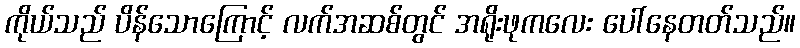
ကိုယ်သည် ပိန်သောကြောင့် လက်အဆစ်တွင် အရိုးဖုကလေး ပေါ်နေတတ်သည်။